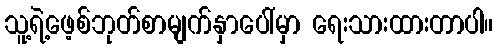
သူ့ရဲ့ဖေ့စ်ဘုတ်စာမျက်နှာပေါ်မှာ ရေးသားထားတာပါ။